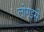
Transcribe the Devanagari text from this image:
लोगइसे